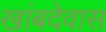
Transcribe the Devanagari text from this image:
खांबदेवास